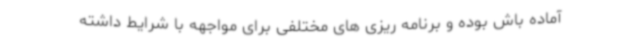
آماده باش بوده و برنامه ریزی های مختلفی برای مواجهه با شرایط داشته